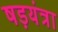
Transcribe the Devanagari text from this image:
षड़यंत्रा